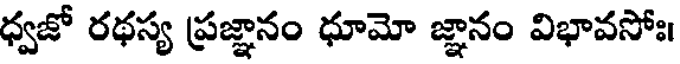
ధ్వజో రథస్య ప్రజ్ఞానం ధూమో జ్ఞానం విభావసోః।